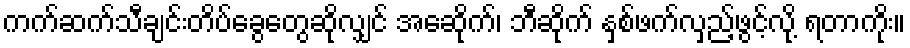
ကက်ဆက်သီချင်းတိပ်ခွေတွေဆိုလျှင် အေဆိုက်၊ ဘီဆိုက် နှစ်ဖက်လှည့်ဖွင့်လို့ ရတာကိုး။